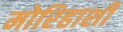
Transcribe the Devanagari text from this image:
मोरिहाशी